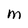
Character: M